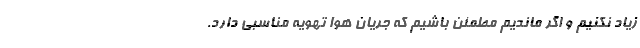
زیاد نکنیم و اگر ماندیم مطمئن باشیم که جریان هوا تهویه مناسبی دارد.